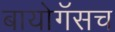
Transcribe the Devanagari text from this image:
बायोगॅसच